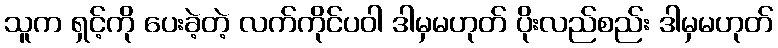
သူက ရှင့်ကို ပေးခဲ့တဲ့ လက်ကိုင်ပဝါ ဒါမှမဟုတ် ပိုးလည်စည်း ဒါမှမဟုတ်